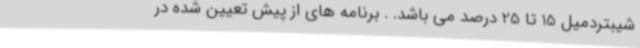
شیبتردمیل 15 تا 25 درصد می باشد. . برنامه های از پیش تعیین شده در